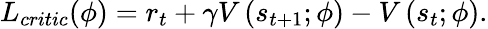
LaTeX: L_{critic}(\phi)=r_{t}+\gamma V\left(s_{t+1};\phi\right)-V\left(s_{t};\phi\right).